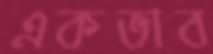
একভাব